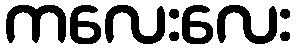
ကလေးလေး